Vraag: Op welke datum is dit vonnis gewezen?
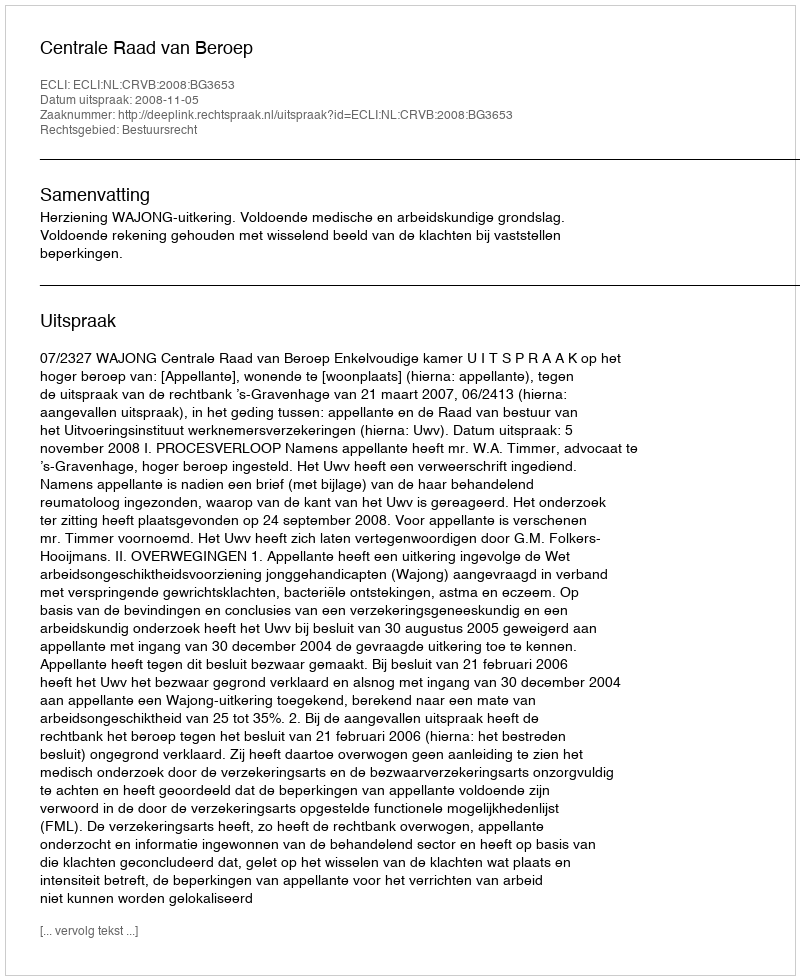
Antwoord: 2008-11-05